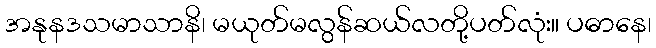
အနုနဒသမာသာနိ၊ မယုတ်မလွန်ဆယ်လတို့ပတ်လုံး။ ပဓာနေ၊